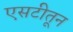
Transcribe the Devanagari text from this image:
एसटीतून